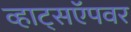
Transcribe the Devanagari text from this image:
व्हाट्सऍपवर